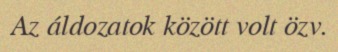
Az áldozatok között volt özv.